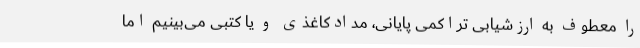
را معطوف به ارزشیابی تراکمی پایانی، مدادکاغذی و یا کتبی می‌بینیم اما